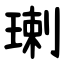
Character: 㻝